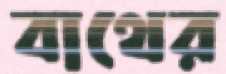
বাথের